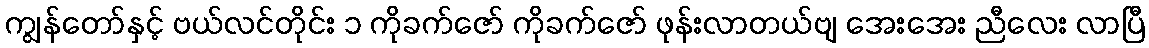
ကျွန်တော်နှင့် ဗယ်လင်တိုင်း ၁ ကိုခက်ဇော် ကိုခက်ဇော် ဖုန်းလာတယ်ဗျ အေးအေး ညီလေး လာပြီ